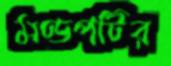
মণ্ডপটির